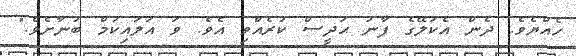
ހެއްޔެވެ. ދެން އެކަލޭގެ ފާނު ޙަދީސް ކުރެއްވި އެވެ. ވަ އަލައިކުމް ބުނާށެވެ."